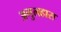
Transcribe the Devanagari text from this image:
अगुलहास